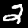
Digit: 2